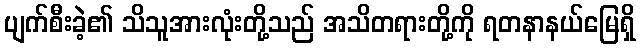
ပျက်စီးခဲ့၏ သိသူအားလုံးတို့သည် အသိတရားတို့ကို ရတနာနယ်မြေရှိ